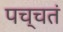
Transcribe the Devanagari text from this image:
पच्चतं